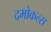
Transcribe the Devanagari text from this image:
दमोकल्स